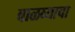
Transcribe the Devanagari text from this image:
वाळव्याचा